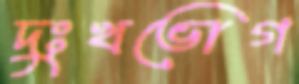
দুঃখভোগ